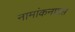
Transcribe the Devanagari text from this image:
नामांकनप्राप्त